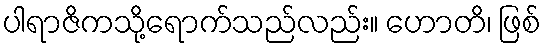
ပါရာဇိကသို့ရောက်သည်လည်း။ ဟောတိ၊ ဖြစ်